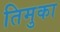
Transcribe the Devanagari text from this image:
तिमुका